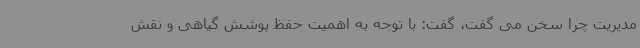
مدیریت چرا سخن می گفت، گفت: با توجه به اهمیت حفظ پوشش گیاهی و نقش